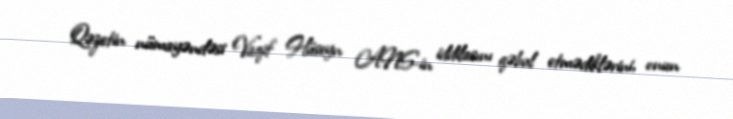
Qəzetin nümayəndəsi Vaqif Hüseyn ANS-in iddilasını qəbul etmədiklərini, onun